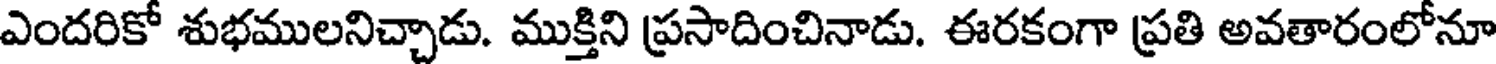
ఎందరికో శుభములనిచ్చాడు. ముక్తిని ప్రసాదించినాడు. ఈరకంగా ప్రతి అవతారంలోనూ